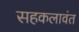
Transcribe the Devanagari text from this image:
सहकलावंत